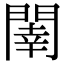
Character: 𨵉